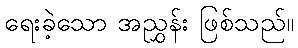
ရေးခဲ့သော အညွှန်း ဖြစ်သည်။